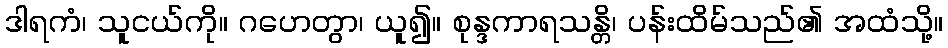
ဒါရကံ၊ သူငယ်ကို။ ဂဟေတွာ၊ ယူ၍။ စုန္ဒကာရသန္တိ၊ ပန်းထိမ်သည်၏ အထံသို့။